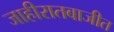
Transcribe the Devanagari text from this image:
जाहीरातबाजीत